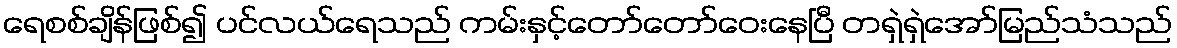
ရေစစ်ချိန်ဖြစ်၍ ပင်လယ်ရေသည် ကမ်းနှင့်တော်တော်ဝေးနေပြီ တရှဲရှဲအော်မြည်သံသည်